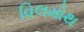
વિલમોથ